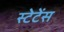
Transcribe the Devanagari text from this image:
स्टेटेंस